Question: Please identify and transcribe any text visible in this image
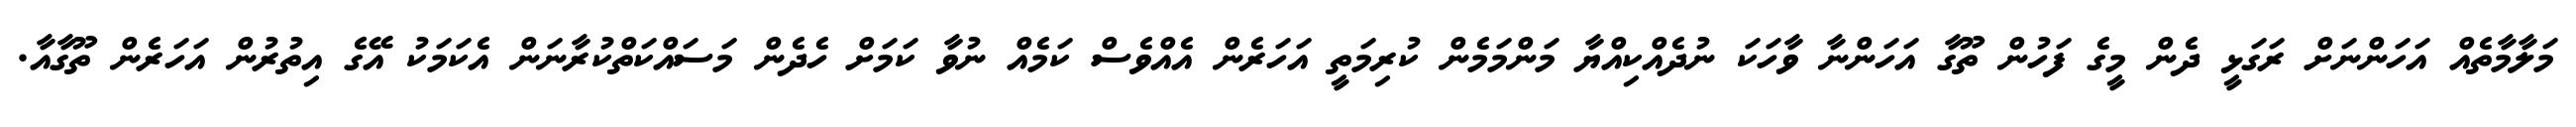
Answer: މަލާމާތެއް އަހަންނަށް ރަގަޅީ ދެން މީގެ ފަހުން ތޫގާ އަހަންނާ ވާހަކަ ނުދެއްކިއްޔާ މަންމަމެން ކުރިމަތީ އަހަރެން އެއްވެސް ކަމެއް ނުވާ ކަމަށް ހެދެން މަސައްކަތްކުރާނަން އެކަމަކު އޭގެ އިތުރުން އަހަރެން ތޫގާއާ.